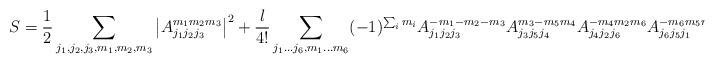
LaTeX: \begin{align*}S=\frac{1}{2}\sum_{j_1,j_2,j_3,m_1,m_2,m_3}\left|{A_{j_1j_2j_3}^{m_1m_2m_3}}\right|^2+\frac{\l}{4!}\sum_{j_1...j_6,m_1...m_6} (-1)^{\sum_i m_i}A_{j_1j_2j_3}^{-m_1-m_2-m_3} A_{j_3j_5j_4}^{m_3-m_5m_4}A_{j_4j_2j_6}^{-m_4m_2m_6} A_{j_6j_5j_1}^{-m_6m_5m_1}\end{align*}